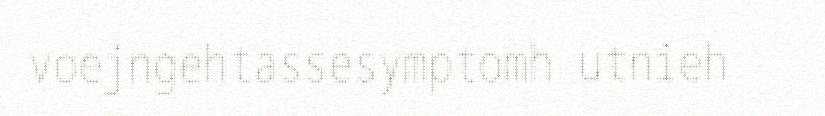
voejngehtassesymptomh utnieh